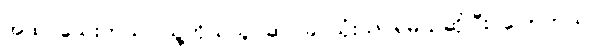
အထင်သေးတယ်၊ သူ့ကိုယ်သူ ဆင်ခြင်သုံးသပ်ရမယ်ဆိုပြီး ပြောတယ်။